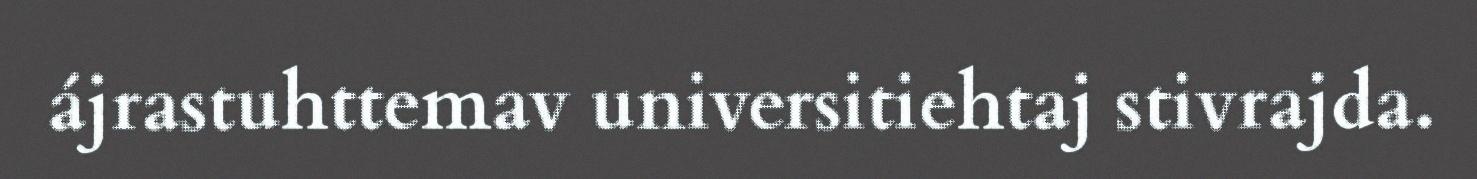
ájrastuhttemav universitiehtaj stivrajda.